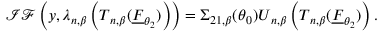
\mathcal { I F } \left( \boldsymbol { y } , \boldsymbol { \lambda } _ { n , \beta } \left( \boldsymbol { T } _ { n , \beta } ( \underline { { F } } _ { \boldsymbol { \theta } _ { 2 } } ) \right) \right) = \boldsymbol { \Sigma } _ { 2 1 , \beta } ( \boldsymbol { \theta } _ { 0 } ) \boldsymbol { U } _ { n , \beta } \left( \boldsymbol { T } _ { n , \beta } ( \underline { { F } } _ { \boldsymbol { \theta } _ { 2 } } ) \right) .